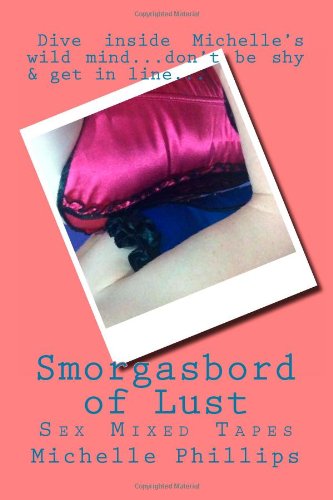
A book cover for Smorgasbord of Lust (Exhibitionist); Michelle Phillips; Romance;